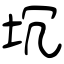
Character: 坈